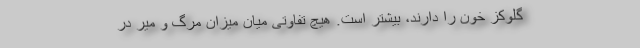
گلوکز خون را دارند، بیشتر است. هیچ تفاوتی میان میزان مرگ و میر در